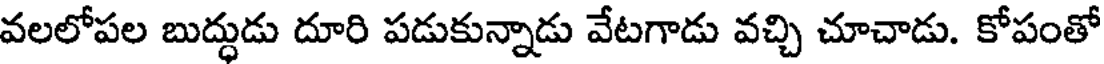
వలలోపల బుద్ధుడు దూరి పడుకున్నాడు వేటగాడు వచ్చి చూచాడు. కోపంతో